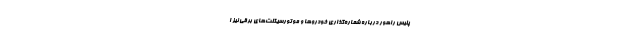
پلیس راهور درباره شماره‌گذاری خودروها و موتورسیکلت‌های برقی نیز ا